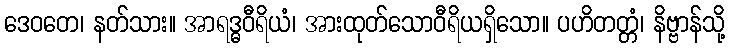
ဒေဝတေ၊ နတ်သား။ အာရဒ္ဓဝီရိယံ၊ အားထုတ်သောဝီရိယရှိသော။ ပဟိတတ္တံ၊ နိဗ္ဗာန်သို့